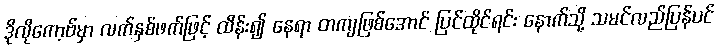
ဒိုလိုကော့ဗ်မှာ လက်နှစ်ဖက်ဖြင့် ထိန်း၍ နေရာ တကျဖြစ်အောင် ပြင်ထိုင်ရင်း နောက်သို့ သမင်လည်ပြန်ပင်